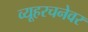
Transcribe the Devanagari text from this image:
व्यूहरचनेवर